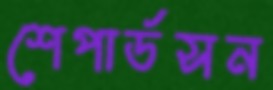
শেপার্ডসন